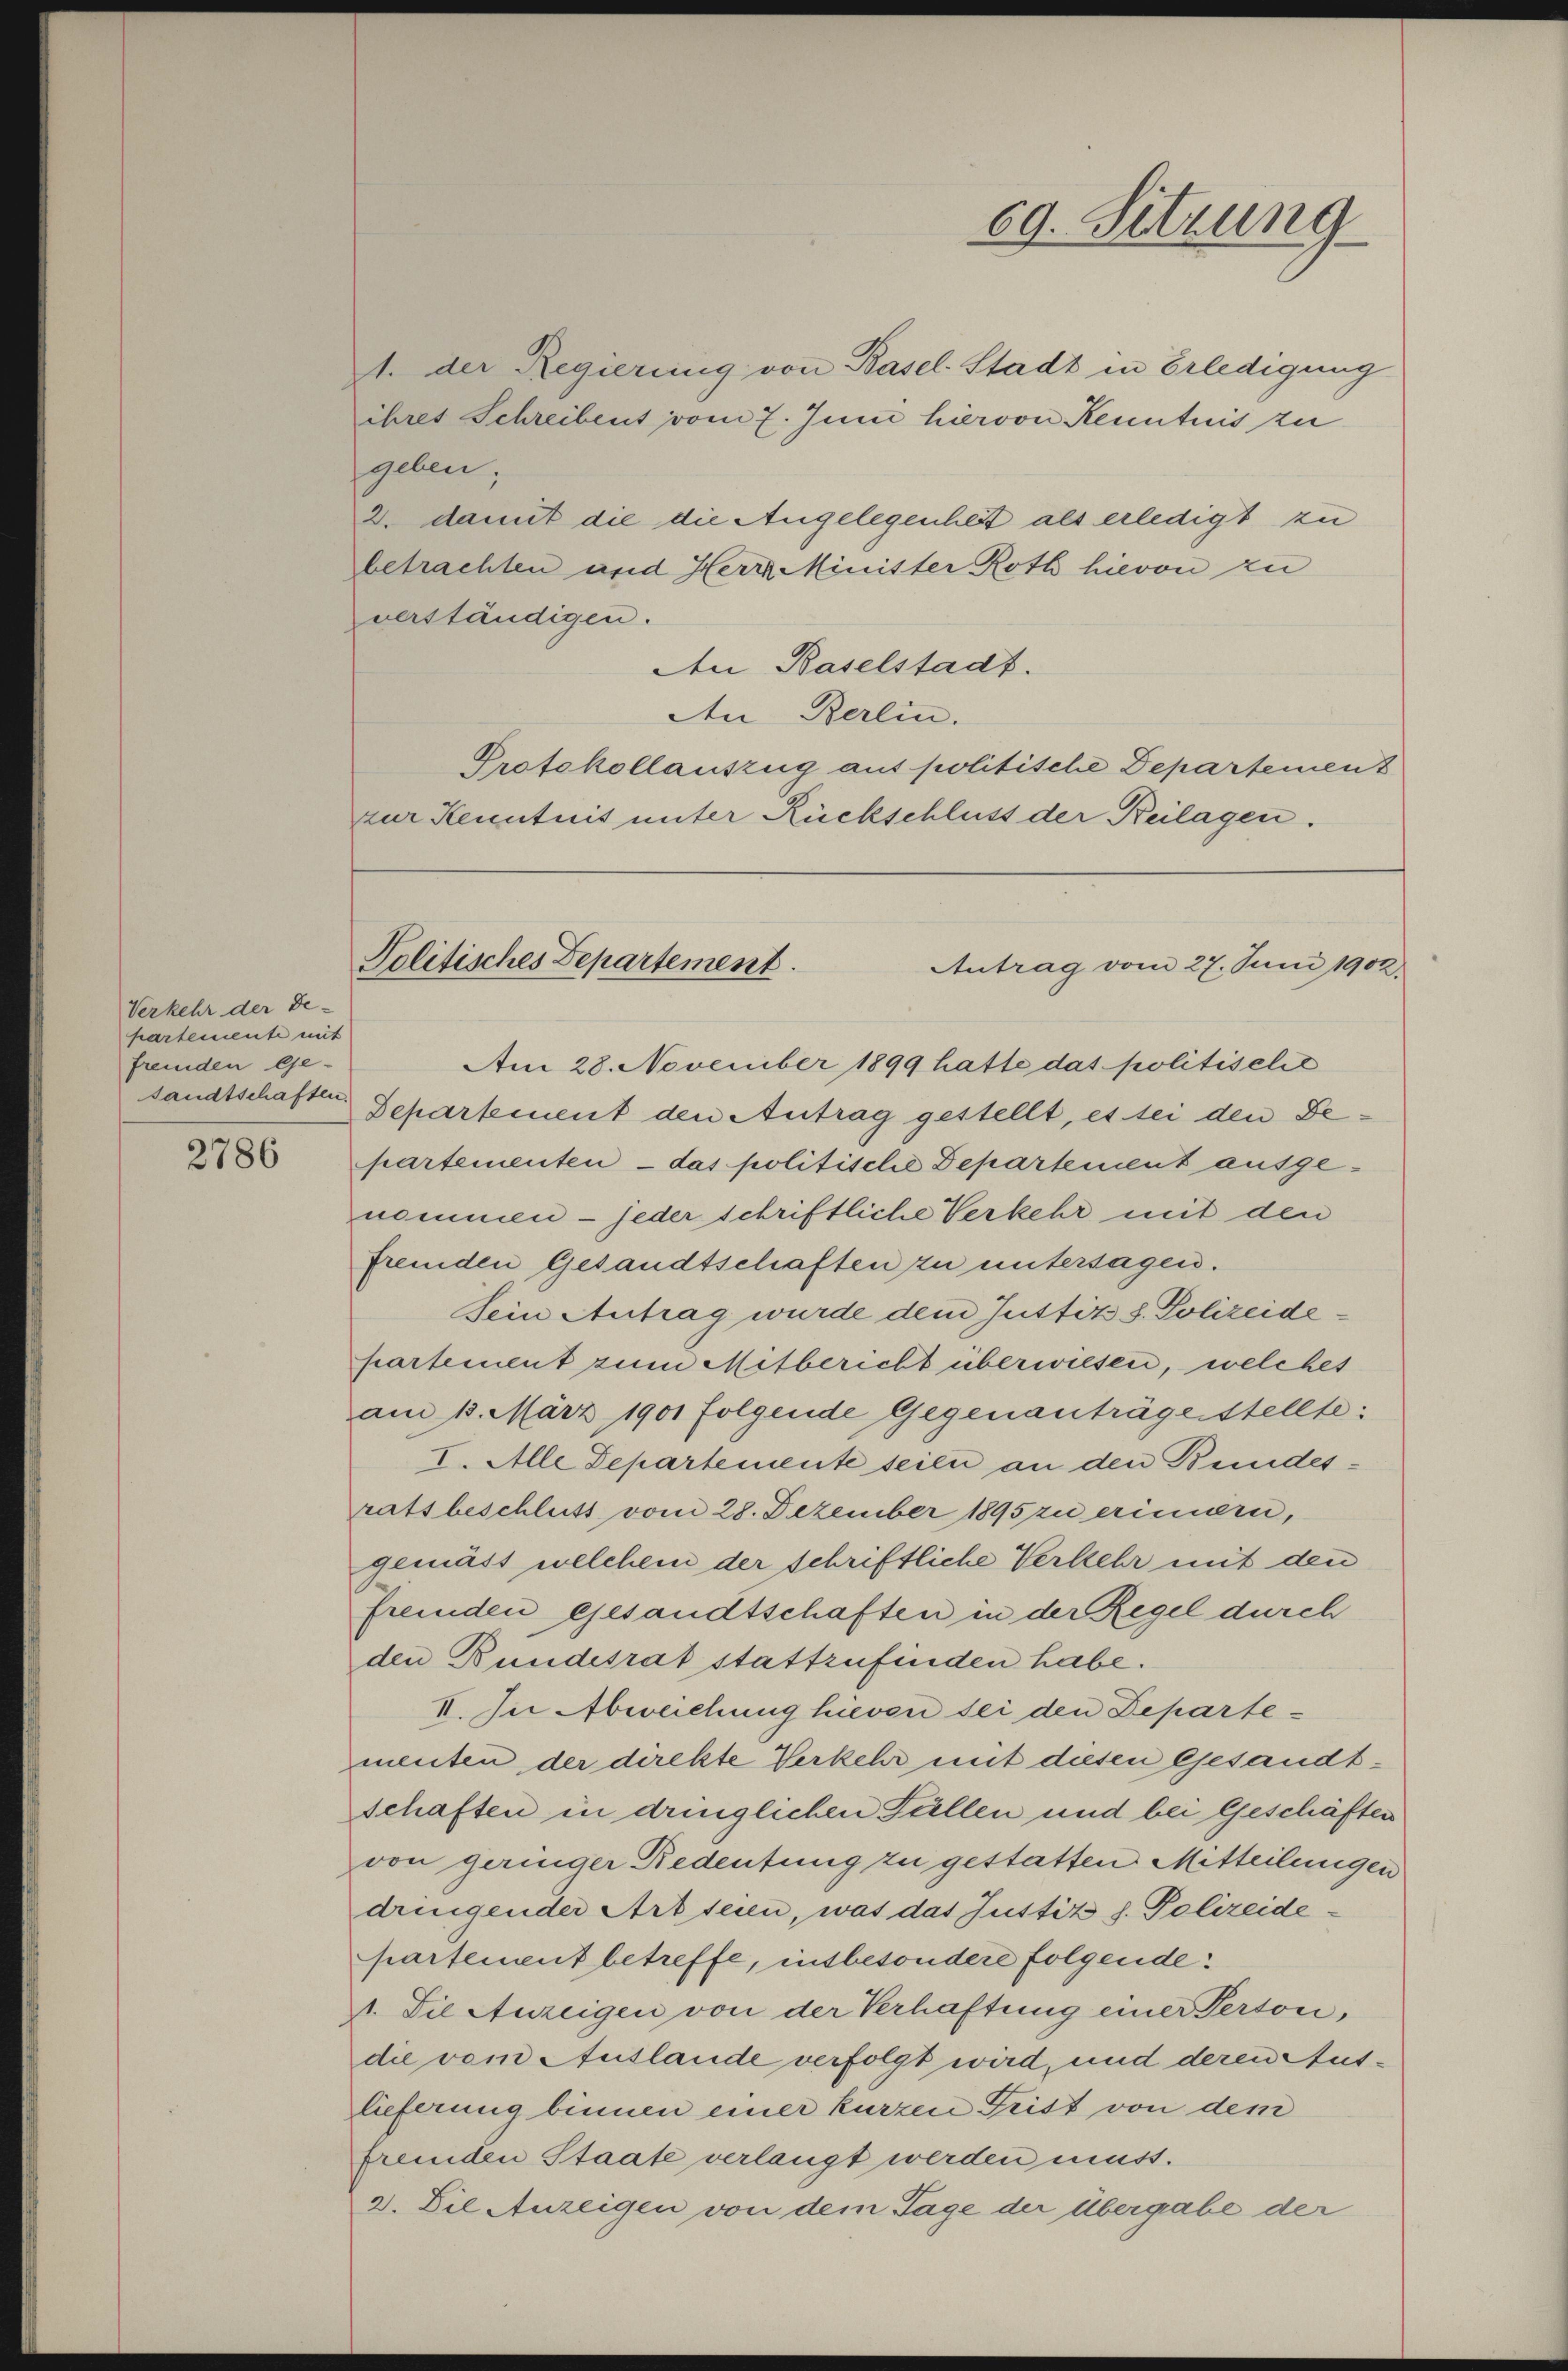
Verkehr der De-
hartemente mit
fremden Ge-
sandtschaften.

2786

1. der Regierung von Basel-Stadt in Erledigung
ihres Schreibent vom 7. Juni hiervon Kenntnis zu
geben;
2. damit die die Angelegenheit als erledigt zu
betrachten und Herr Minister Roth hievon zu
verständigen.
An Baselstadt.
An Berlin.
Protokollauszug auf politische Departement
zur Kenntnis unter Rückschluss der Keilagen.
Am 28. November 1899 hatte das politiselić
Separtement den Antrag gestellt, es sei den Bepartementen - das politische Departement ausgenommen - jeder schriftliche Verkehr mit den
fremden Gesandtschaften zu untersagen.
Sein Antrag wurde dem Justiz S. Polizeidepartement zum Mitbericht überwiesen, welches
am 15. März 1901 folgende Gegenanträge stellte:
I. Alle Departemente seien an den Bundesratsbeschluss vom 28. Dezember 1895 zu erinnern,
gemäss welchem der schriftliche Verkehr mit den
fremden gesandtschaften in der Regel durch
den Bundesrat stattzufinden habe.
VI. In Abweichung hievon sei den Departementen der direkte Verkehr mit diesen Gesandtschaften in dringlichen Fällen und bei Geschäften
von geringer Redeutung zu gestatten Mitteilungen
dringender Art seien, was das Justiz h. Polizeidepartement betreffe, insbesondere folgende:
1. Die Anzeigen von der Verhaftung einer Perton,
die vom Auslande verfolgt wird, und deren Auslieferung binnen einer kurzen Frist von dem
fremden Staate verlangt werden muss.
2. Die Anzeigen von dem Tage der übergabe der

69. Sitzung

Politisches Departement.
Antrag vom 27. Juni 1902.